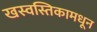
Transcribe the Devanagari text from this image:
खस्वस्तिकामधून